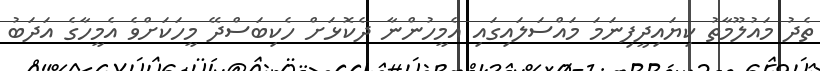
ތެދު މައުލޫމާތު ކިޔައިދީފިނަމަ މައްސަލައިގައި އެމީހުންނާ ދެކޮޅަށް ހެކިބަސްދޭ މީހަކަށްވެ އެމީހާގެ އަދަބު